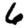
Digit: 6